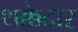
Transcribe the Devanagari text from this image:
थक्केदार